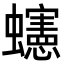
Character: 䘆